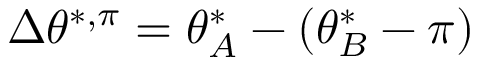
\Delta \theta ^ { * , \pi } = \theta _ { A } ^ { * } - ( \theta _ { B } ^ { * } - \pi )